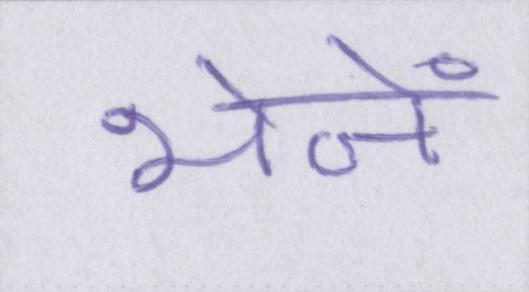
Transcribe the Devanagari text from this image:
भेजें